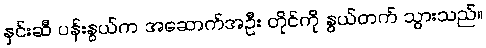
နှင်းဆီ ပန်းနွယ်က အဆောက်အဦး တိုင်ကို နွယ်တက် သွားသည်။